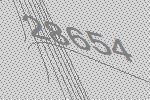
28654